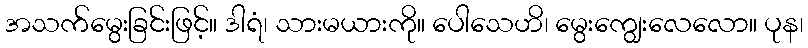
အသက်မွေးခြင်းဖြင့်။ ဒါရံ၊ သားမယားကို။ ပေါသေဟိ၊ မွေးကျွေးလေလော။ ပုန၊